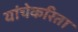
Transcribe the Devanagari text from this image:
यांचेकरिता